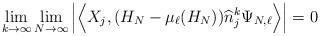
LaTeX: \begin{align*} \lim_{k \to \infty} \lim_{N\to \infty} \left| \Big\langle X_j , (H_N - \mu_\ell(H_N) ) \widehat n_j^k \Psi_{N,\ell} \Big\rangle \right| =0 \end{align*}